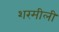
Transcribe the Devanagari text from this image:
शरमीली